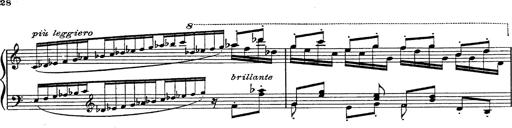
Title: Fantasie Ã¼ber Themen aus Mozarts Figaro und Don Giovanni
Composer: Franz Liszt